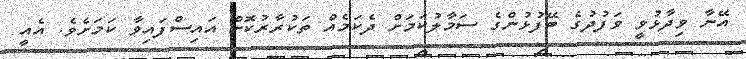
އޭނާ ވިދާޅުވީ ވަފުދުގެ ބޭފުޅުންގެ ސަމާލުކަމަށް ދެކަމެއް ތަކުރާރުކޮށް އައިސްފައިވާ ކަމަށެވެ. އެއީ